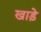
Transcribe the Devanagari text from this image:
खाड़े